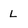
Character: L